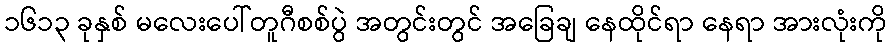
၁၆၁၃ ခုနှစ် မလေးပေါ်တူဂီစစ်ပွဲ အတွင်းတွင် အခြေချ နေထိုင်ရာ နေရာ အားလုံးကို